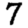
Digit: 7